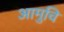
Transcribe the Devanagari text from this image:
आमुचि